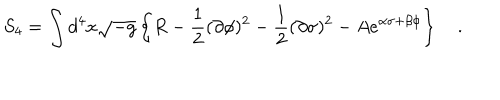
LaTeX: S _ { 4 } = \int d ^ { 4 } x \sqrt { - g } \left\{ R - \frac { 1 } { 2 } ( \partial \phi ) ^ { 2 } - \frac { 1 } { 2 } ( \partial \sigma ) ^ { 2 } - A e ^ { \alpha \sigma + \beta \phi } \right\} \quad .